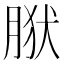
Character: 𰮩